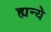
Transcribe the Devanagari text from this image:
ह्यन्ये